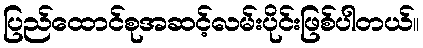
ပြည်ထောင်စုအဆင့်လမ်းပိုင်းဖြစ်ပါတယ်။